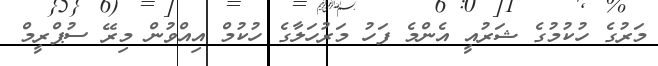
މަރުގެ ހުކުމުގެ ޝަރުއީ އެންމެ ފަހު މަރުހަލާގެ ހުކުމް އިއްވުން މިރޭ ސުޕްރީމް